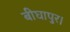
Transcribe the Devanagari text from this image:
बीघापुर।